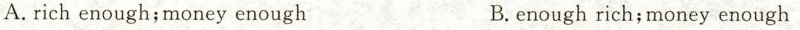
A.rich enough; money enough B.enough rich; money enough